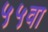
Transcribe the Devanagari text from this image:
५५वा